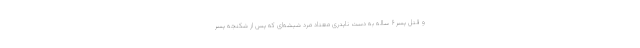
و قتل پسر ۶ ساله به دست ناپدری معتاد مرد شیشه‌ای که پس از شکنجه پسر